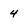
Character: 4